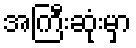
အကြီးဆုံးမှာ